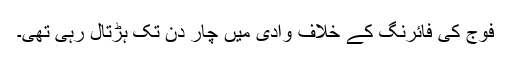
فوج کی فائرنگ کے خلاف وادی میں چار دن تک ہڑتال رہی تھی۔